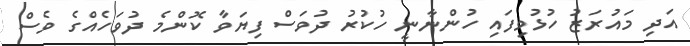
އަދި މައުރަޒު ހުޅުވިފައި ހުންނާނީ ހުކުރު ދުވަސް ފިޔަވާ ކޮންމެ ދުވަހެއްގެ ވެސް